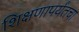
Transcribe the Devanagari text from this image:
शिक्षणापर्यंतचा